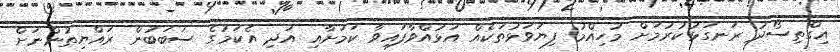
އިގްތިސޯދު ރަނގަޅުކުރުމަށް މުހިއްމު ފިޔަވަޅުތަކެއް އަޅުއްވާފައިވާ ކަމަށާއި އަދި އެކަމުގެ ސަބަބުން ރައްޔިތުންނަށް